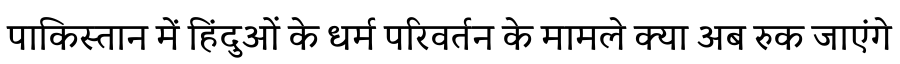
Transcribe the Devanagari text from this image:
पाकिस्तान में हिंदुओं के धर्म परिवर्तन के मामले क्या अब रुक जाएंगे